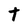
Character: t